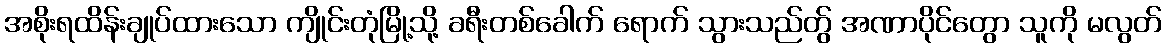
အစိုးရထိန်းချုပ်ထားသော ကျိုင်းတုံမြို့သို့ ခရီးတစ်ခေါက် ရောက် သွားသည်တွ် အဏာပိုင်တွော သူကို မလွတ်